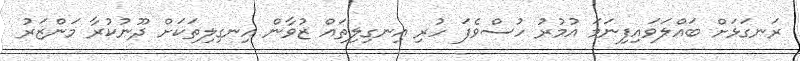
ރަނގަޅަށް ބައްލަވައިފިނަމަ އުމުރު ހުސްވެފަ ހުރި އިނގިލިތައް ޒުވާން އިނގިލިތަކަށް ދޫނުކުރާ މަންޒަރު